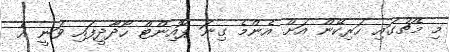
މި މެޗުގައި ހަރިކޭން އަށް އެންމެ ގިނަ ޕޮއިންޓް ހޯދާދީފައި ވަނީ އެ